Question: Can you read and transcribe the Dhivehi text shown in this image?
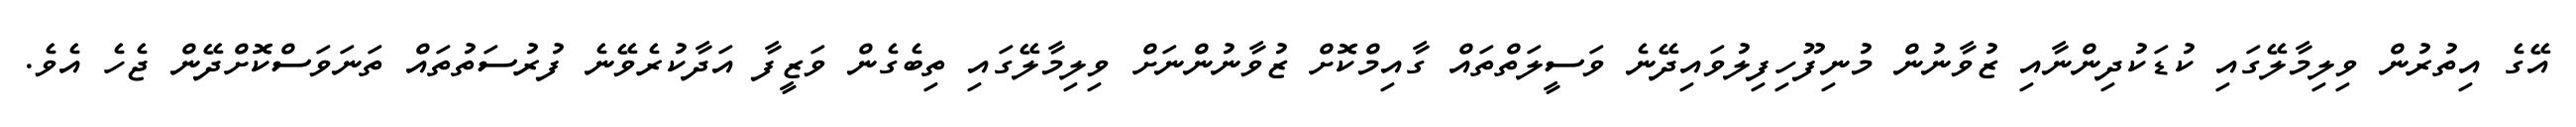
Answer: އޭގެ އިތުރުން ވިލިމާލޭގައި ކުޑަކުދިންނާއި ޒުވާނުން މުނިފޫހިފިލުވައިދޭނެ ވަސީލަތްތައް ގާއިމްކޮށް ޒުވާނުންނަށް ވިލިމާލޭގައި ތިބެގެން ވަޒީފާ އަދާކުރެވޭނެ ފުރުސަތުތައް ތަނަވަސްކޮށްދޭން ޖެހެ އެވެ.